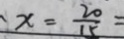
x = \frac { 2 0 } { 1 5 } =